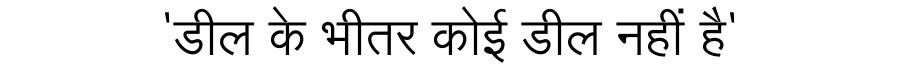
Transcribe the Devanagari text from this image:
'डील के भीतर कोई डील नहीं है'